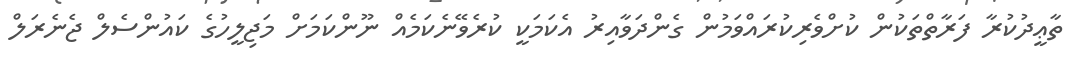
ތާޢީދުކުރާ ފަރާތްތަކުން ކުށްވެރިކުރައްވަމުން ގެންދަވާއިރު އެކަމަކީ ކުރެވޭނެކަމެއް ނޫންކަމަށް މަޖިލީހުގެ ކައުންސެލް ޖެނެރަލް